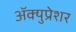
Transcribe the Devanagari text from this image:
ॲक्युप्रेशर